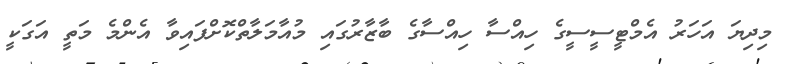
މިދިޔަ އަހަރު އެމްޓީސީސީގެ ހިއްސާ ހިއްސާގެ ބާޒާރުގައި މުއާމަލާތްކޮށްފައިވާ އެންމެ މަތީ އަގަކީ